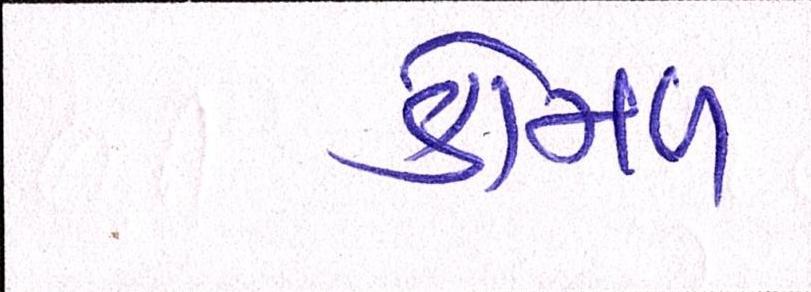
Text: કોમળ